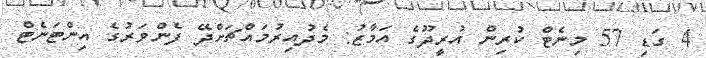
4 ގަޑި 57 މިނެޓް ކުރިން އުރީދޫގެ އަމާޒު: މެދުއިރުމައްޗަށްދޭ ފެންވަރުގެ އިންޓަނެޓް